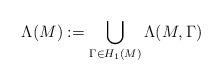
LaTeX: \begin{align*} \Lambda(M):=\bigcup_{\Gamma\in H_{1}(M)}\Lambda(M,\Gamma)\end{align*}